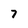
Character: 7